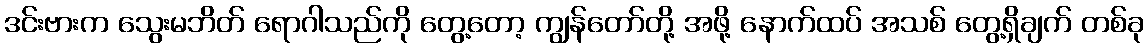
ဒင်းဗားက သွေးမဘိတ် ရောဂါသည်ကို တွေ့တော့ ကျွန်တော်တို့ အဖို့ နောက်ထပ် အသစ် တွေ့ရှိချက် တစ်ခု